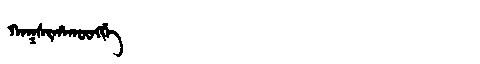
Manchu: ᡴᠠᡴᠰᡳᡥᠠᡴᡡᠩᡤᡝ
Romanization: KAKSIHAKŪNGGE